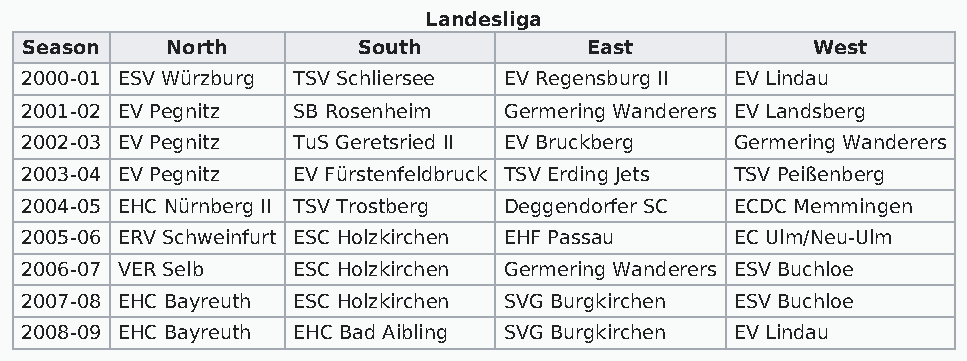
Landesliga
 Season    North        South          East           West
 2000-01 ESV Würzburg TSV Schliersee EV Regensburg II EV Lindau
 2001-02 EV Pegnitz SB Rosenheim Germering Wanderers EV Landsberg
 2002-03 EV Pegnitz TuS Geretsried II EV Bruckberg Germering Wanderers
 2003-04 EV Pegnitz EV Fürstenfeldbruck TSV Erding Jets TSV Peißenberg
 2004-05 EHC Nürnberg II TSV Trostberg Deggendorfer SC ECDC Memmingen
 2005-06 ERV Schweinfurt ESC Holzkirchen EHF Passau EC Ulm/Neu-Ulm
 2006-07 VER Selb  ESC Holzkirchen Germering Wanderers ESV Buchloe
 2007-08 EHC Bayreuth ESC Holzkirchen SVG Burgkirchen ESV Buchloe
 2008-09 EHC Bayreuth EHC Bad Aibling SVG Burgkirchen EV Lindau